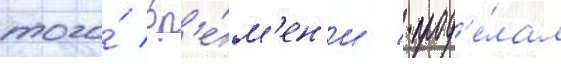
того́ вр'е́м'ен'и / прод'е́лал